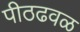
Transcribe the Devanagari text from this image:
पीठढवळ